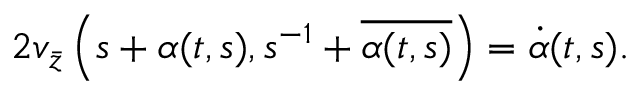
2 v _ { \bar { z } } \left( s + \alpha ( t , s ) , s ^ { - 1 } + \overline { { { \alpha ( t , s ) } } } \right) = \dot { \alpha } ( t , s ) .